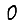
Digit: 0